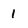
Character: 1